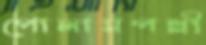
পোলামপল্লী